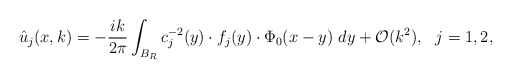
\begin{align*}\hat u_j(x, k)=-\frac{ik}{2\pi}\int_{B_R} c_j^{-2}(y)\cdot f_j(y)\cdot \Phi_0(x-y)\ dy+\mathcal{O}(k^2),\ \ j=1,2,\end{align*}